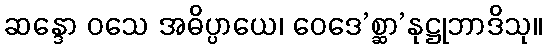
ဆန္ဒော ဝသေ အဓိပ္ပာယေ၊ ဝေဒေ’စ္ဆာ’နုဋ္ဌုဘာဒိသု။